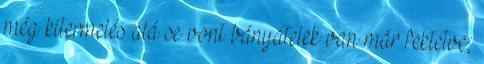
még kitermelés alá se vont bányatelek van már fektetve;